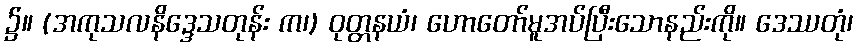
၌။ (အကုသလနိဒ္ဒေသတုန်း က၊) ဝုတ္တနယံ၊ ဟောတော်မူအပ်ပြီးသောနည်းကို။ ဒေဿတုံ၊